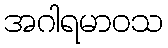
အဂါရမာဝသ